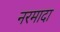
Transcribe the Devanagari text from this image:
नरमादा